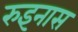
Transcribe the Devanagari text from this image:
रुइनास